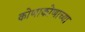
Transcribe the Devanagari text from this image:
कोणाकोणाच्या